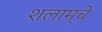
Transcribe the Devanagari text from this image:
शलाम्चे